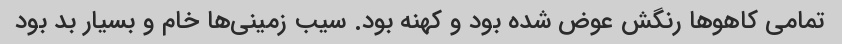
تمامی کاهوها رنگش عوض شده بود و کهنه بود. سیب زمینی‌ها خام و بسیار بد بود